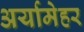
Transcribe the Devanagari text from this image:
अर्यामेहर